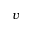
\boldsymbol { v }